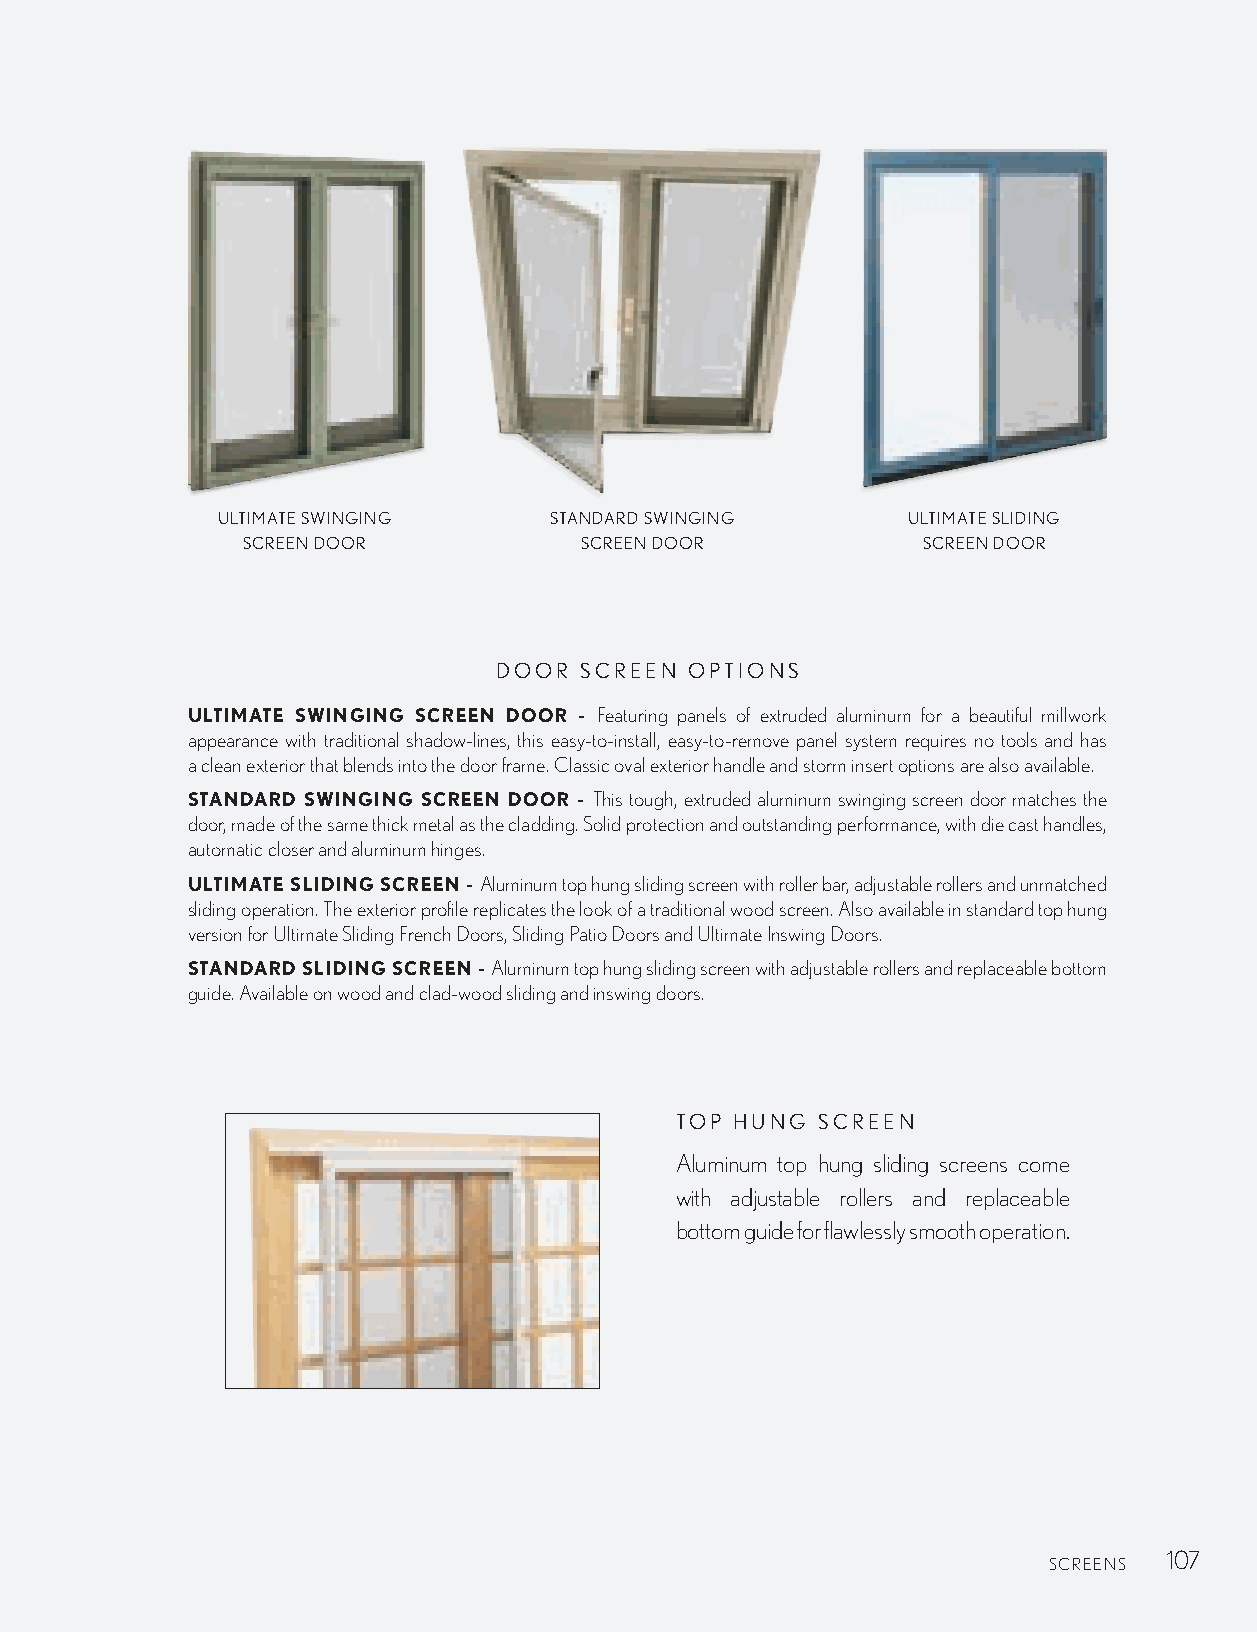
ULTIMATE SWINGING     STANDARD SWINGING       ULTIMATE SLIDING
 SCREEN DOOR           SCREEN DOOR            SCREEN DOOR
 DOOR SCREEN  OPTIONS
 ULTIMATE SWINGING SCREEN DOOR - Featuring panels of extruded aluminum for a beautiful millwork
 appearance with traditional shadow-lines, this easy-to-install, easy-to-remove panel system requires no tools and has
 a clean exterior that blends into the door frame. Classic oval exterior handle and storm insert options are also available.
 STANDARD SWINGING SCREEN DOOR - This tough, extruded aluminum swinging screen door matches the
 door, made of the same thick metal as the cladding. Solid protection and outstanding performance, with die cast handles,
 automatic closer and aluminum hinges.
 ULTIMATE SLIDING SCREEN - Aluminum top hung sliding screen with roller bar, adjustable rollers and unmatched
 sliding operation. The exterior profile replicates the look of a traditional wood screen. Also available in standard top hung
 version for Ultimate Sliding French Doors, Sliding Patio Doors and Ultimate Inswing Doors.
 STANDARD SLIDING SCREEN - Aluminum top hung sliding screen with adjustable rollers and replaceable bottom
 guide. Available on wood and clad-wood sliding and inswing doors.
 TOP HUNG SCREEN
 Aluminum top hung sliding screens come
 with adjustable rollers and replaceable
 bottom guide for flawlessly smooth operation.
 107
 SCREENS